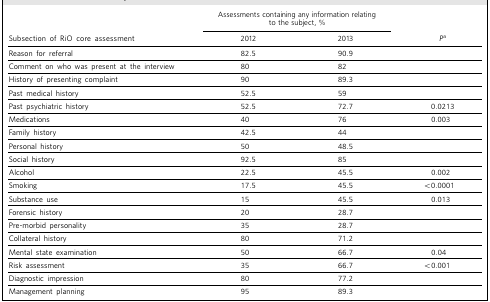
<table><thead><tr><td></td><td colspan="2"><b>Assessments containing any information relatingto the subject, %</b></td><td></td></tr><tr><td><b>Subsection of RiO core assessment</b></td><td><b>2012</b></td><td><b>2013</b></td><td><b><i>P</i><sup>a</sup></b></td></tr></thead><tbody><tr><td>Reason for referral</td><td>82.5</td><td>90.9</td><td></td></tr><tr><td>Comment on who was present at the interview</td><td>80</td><td>82</td><td></td></tr><tr><td>History of presenting complaint</td><td>90</td><td>89.3</td><td></td></tr><tr><td>Past medical history</td><td>52.5</td><td>59</td><td></td></tr><tr><td>Past psychiatric history</td><td>52.5</td><td>72.7</td><td>0.0213</td></tr><tr><td>Medications</td><td>40</td><td>76</td><td>0.003</td></tr><tr><td>Family history</td><td>42.5</td><td>44</td><td></td></tr><tr><td>Personal history</td><td>50</td><td>48.5</td><td></td></tr><tr><td>Social history</td><td>92.5</td><td>85</td><td></td></tr><tr><td>Alcohol</td><td>22.5</td><td>45.5</td><td>0.002</td></tr><tr><td>Smoking</td><td>17.5</td><td>45.5</td><td>&lt;0.0001</td></tr><tr><td>Substance use</td><td>15</td><td>45.5</td><td>0.013</td></tr><tr><td>Forensic history</td><td>20</td><td>28.7</td><td></td></tr><tr><td>Pre-morbid personality</td><td>35</td><td>28.7</td><td></td></tr><tr><td>Collateral history</td><td>80</td><td>71.2</td><td></td></tr><tr><td>Mental state examination</td><td>50</td><td>66.7</td><td>0.04</td></tr><tr><td>Risk assessment</td><td>35</td><td>66.7</td><td>&lt;0.001</td></tr><tr><td>Diagnostic impression</td><td>80</td><td>77.2</td><td></td></tr><tr><td>Management planning</td><td>95</td><td>89.3</td><td></td></tr></tbody></table>